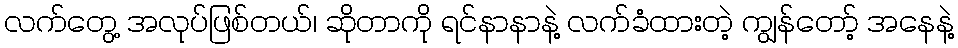
လက်တွေ့ အလုပ်ဖြစ်တယ်၊ ဆိုတာကို ရင်နာနာနဲ့ လက်ခံထားတဲ့ ကျွန်တော့် အနေနဲ့